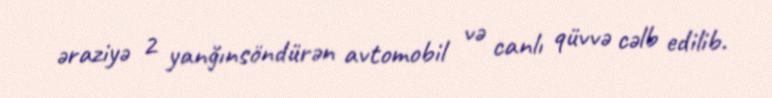
əraziyə 2 yanğınsöndürən avtomobil və canlı qüvvə cəlb edilib.